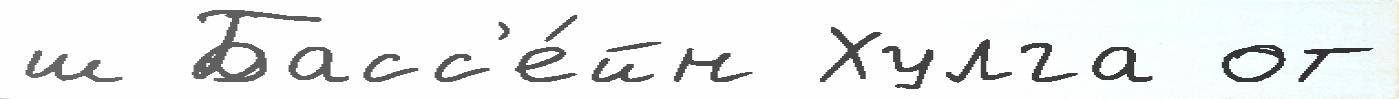
ш Басс'е́йн Хулга от